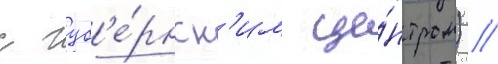
с губ'е́рнск'им це́нтром) //